Statistical return of the lunatic asylum in Assam - 1912-1932
Year: 1912
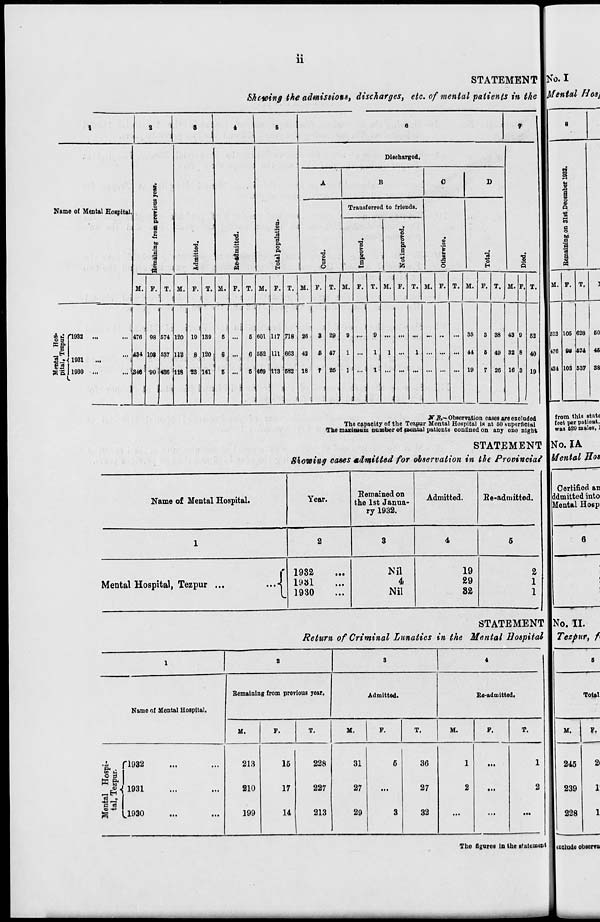
11
STATEMENT
Shewing the admissions, discharges, etc. of mental patients in the
1
2
5
4
6
e
* 1
I
1
1
.
J
Discharged.
A
B
C
D
s ft
3 ©
I '
a
Name of Mental Hospital.
Trausferred to friends.
S
o
©
j
a
•s
1
i
.
J
to
a
'a
'3
§
8
i
IS
<
a
•a
09
&
ft o
P.
5
o
E
6
o
I a
E
a
o
'S
hi
o
"3
"o
1
S
i
M. P. T. M. F. T. M. F. T. M. F. T. M. F. T. M. F. T. M. F. T. If. F. T. M. F. T. M. F. T.
i
1
i
i
!
H 1932 ...
476 98 574
i
120 19 189
5
6 601 117 718 26
8 29
0
9
...
35
3 38 43 9 52
K S-
Si!
H
434 108 537 112
B 120
6
6 552 111 663 42
£ 47
1 ...
1
1 ...
1 ... ... ... 44
6 49 32 8 40
.gjrU93l
...
1
8.2 1
Si, 11930 ...
1
340 •90 1 486 118 23 141
5 ...
5 469 113 682 18
r 25 1 1 ... 1 ... ... ... ... ... ... 19 7 26 16 3 19
.
1
■
J
Ko. I
frfental Hos L
a o
bo
B
I
a
M.
JW A—Observation eases are excluded
The capacity of the Tozpur Mental Hospital is at 50 superficial
The maximum number of mental patients confined on any one night
STATEMENT
Showing cases admitted for observation in the Provincial
523
476
134
T.
105
9H
103
628 60
574 45
637 , 38
Name of Mental Hospital.
Year.
Remained on
the 1st Janua-
ry 1932.
Admitted.
Re-admitted.
Mental Hospital, Tezpur ...
... {
1932
1931
1930
Nil
4
Nil
19
29
32
2
1
1
STATEMENT
Return of Criminal Lunatics in the Mental Hospital
1
2
8
4
Name of Mental Hospital.
Remaining from previous year.
Admitted.
Re-admitted.
M.
F.
T.
M.
F.
T.
M.
F.
T.
Mental Hospi-
tal, Tezpur.
'1932
1 J->L
...
in
^lyju
...
in
213
210
199
15
17
14
228
227
213
31
27
29
5
3
36
27
32
1
2
at.
1
2
from this state
feet per patient,
was 629 males, 1
No. IA
Mental Bos
Certified an
ddmitted into
Mental Hosp
6
No. II.
Tezpur, f<
Total
M.
F.
The figures in the statement
245
2t
239
228
1
1
uolude observa